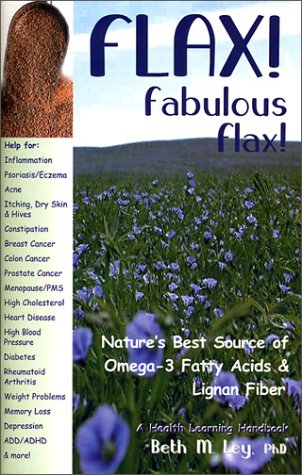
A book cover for Flax! Fabulous Flax: Nature's Best Source of Omega-3 Fatty Acids and Lignan Fiber! (Health Learning Handbook); Beth M. Ley; Health, Fitness & Dieting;